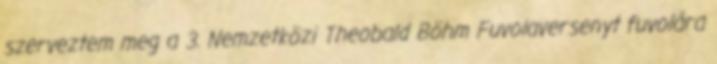
szerveztem meg a 3. Nemzetközi Theobald Böhm Fuvolaversenyt fuvolára